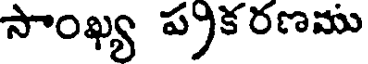
సాంఖ్య ప్రకరణము